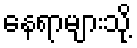
နေရာများသို့